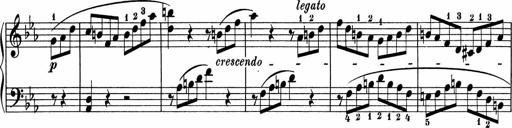
Title: 5 Sonatinen fÃ¼r die Jugend
Composer: Carl Reinecke